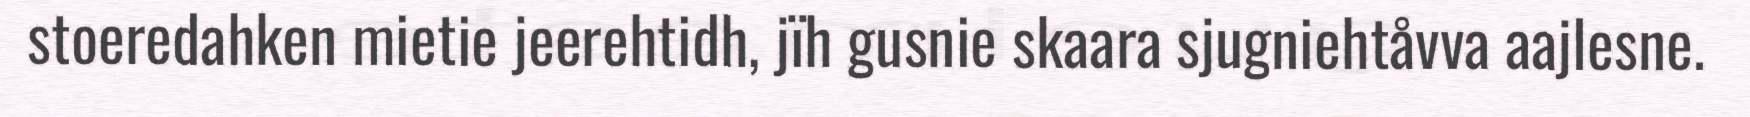
stoeredahken mietie jeerehtidh, jïh gusnie skaara sjugniehtåvva aajlesne.